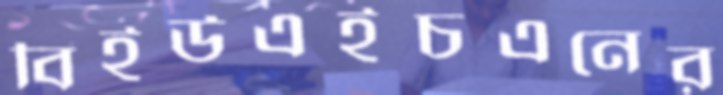
বিইউএইচএনের